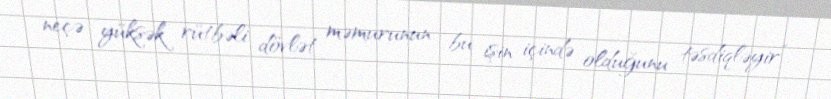
neçə yüksək rütbəli dövlət məmurunun bu işin içində olduğunu təsdiqləyir”.